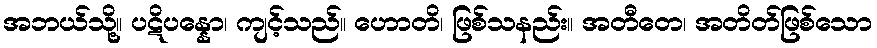
အဘယ်သို့။ ပဋိပန္နော၊ ကျင့်သည်။ ဟောတိ၊ ဖြစ်သနည်း။ အတီတေ၊ အတိတ်ဖြစ်သော